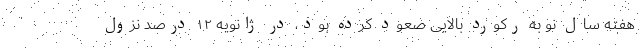
هفته سال نو به رکورد بالایی صعود کرده بود، در ژانویه ۱۲ درصد نزول